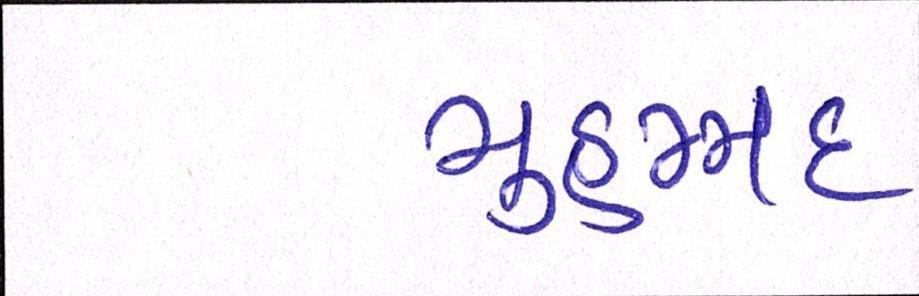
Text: મુહમ્મદ